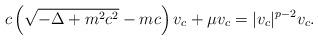
LaTeX: \begin{align*}c \left( \sqrt{-\Delta + m^2 c^2} - mc \right) v_c + \mu v_c = |v_c|^{p-2} v_c.\end{align*}